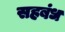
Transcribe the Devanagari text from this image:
सहबंध